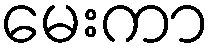
မေးကာ